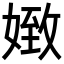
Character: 𡟹